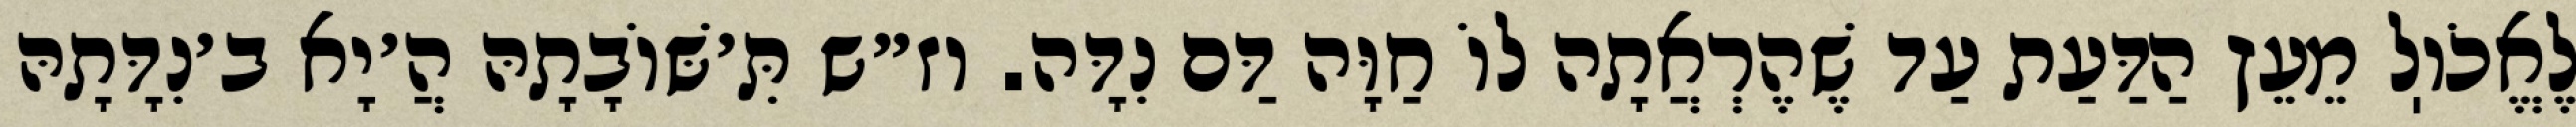
לֶאֱכֹוֽל מֵעֵץ הַדַּעַת עַד שֶׁהֶרְאֲתָה לוֹ חַוָּה דַּם נִדָּה. וז״ש תִּ׳שּׁוֹבָתָהּ הֲ׳יָא ב׳נִדָּתָהּ